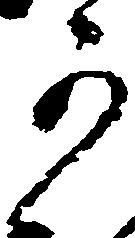
可